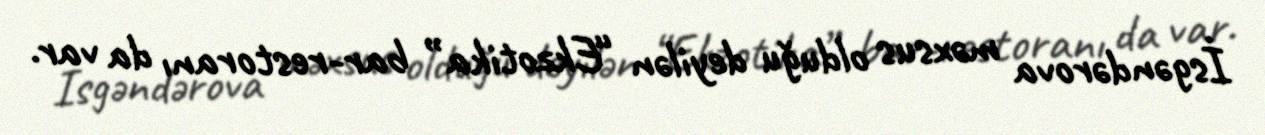
İsgəndərova məxsus olduğu deyilən “Ekzotika” bar-restoranı da var.